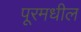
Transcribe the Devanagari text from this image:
पूरमधील